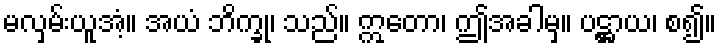
မလှမ်းယူအံ့။ အယံ ဘိက္ခု၊ သည်။ ဣတော၊ ဤအခါမှ။ ပဋ္ဌာယ၊ စ၍။